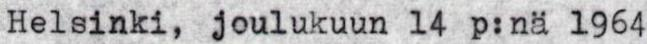
Helsinki, joulukuun 14 p:nä 1964